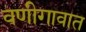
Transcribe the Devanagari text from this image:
वणीगावात